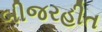
બીજરહીત